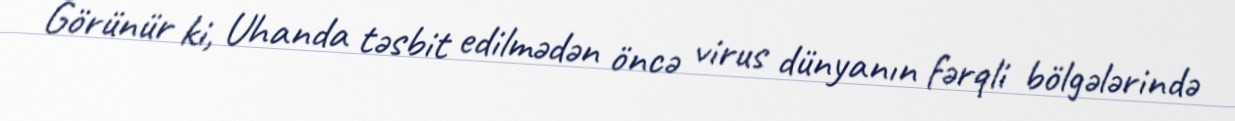
Görünür ki, Uhanda təsbit edilmədən öncə virus dünyanın fərqli bölgələrində